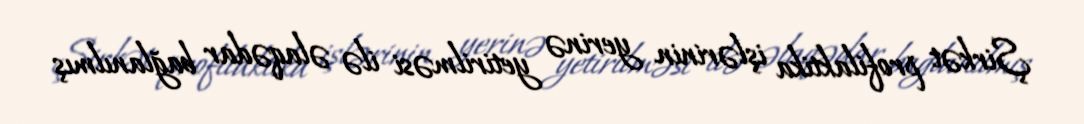
Şirkət profilaktika işlərinin yerinə yetirilməsi ilə əlaqədar bağlanılmış